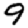
Digit: 9